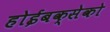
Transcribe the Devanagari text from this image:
होईबक्सेको